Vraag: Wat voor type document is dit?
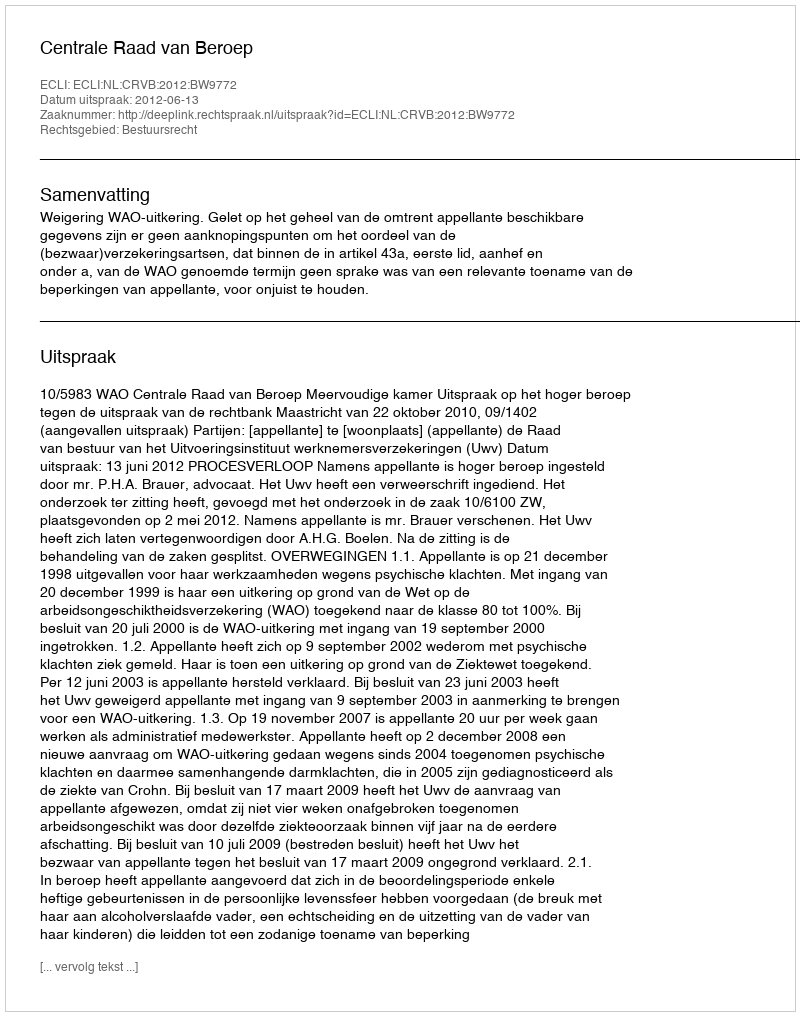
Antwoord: Uitspraak